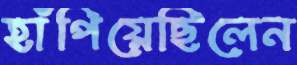
হাঁপিয়েছিলেন